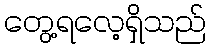
တွေ့ရလေ့ရှိသည်